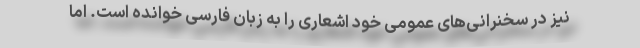
نیز در سخنرانی‌های عمومی خود اشعاری را به زبان فارسی خوانده است. اما